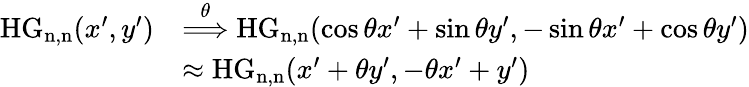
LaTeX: \begin{array}{rl}{\mathrm{HG_{n,n}}(x^{\prime},y^{\prime})}&{\overset{\theta}{\Longrightarrow}\mathrm{HG_{n,n}}(\cos\theta x^{\prime}+\sin\theta y^{\prime},-\sin\theta x^{\prime}+\cos\theta y^{\prime})}\\ &{\approx\mathrm{HG_{n,n}}(x^{\prime}+\theta y^{\prime},-\theta x^{\prime}+y^{\prime})}\end{array}